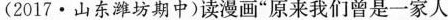
(2017·山东潍坊期中)读漫画”原来我们曾是一家人